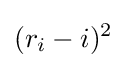
(r_{i}-i)^{2}